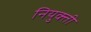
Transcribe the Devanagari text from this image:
नियुक्‍ती